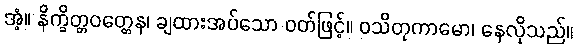
အံ့။ နိက္ခိတ္တဝတ္တေန၊ ချထားအပ်သော ဝတ်ဖြင့်။ ဝသိတုကာမော၊ နေလိုသည်။